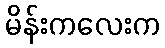
မိန်းကလေးက